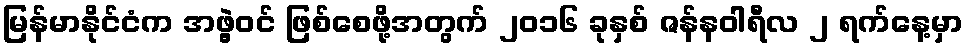
မြန်မာနိုင်ငံက အဖွဲ့ဝင် ဖြစ်စေဖို့အတွက် ၂၀၁၆ ခုနှစ် ဇန်နဝါရီလ ၂ ရက်နေ့မှာ